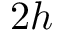
2 h